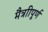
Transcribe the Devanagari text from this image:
मैत्राीपूर्ण